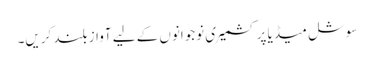
سوشل میڈیا پر کشمیری نوجوانوں کے لیے آواز بلند کریں۔